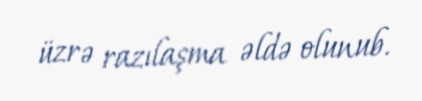
üzrə razılaşma əldə olunub.